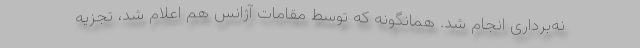
نه‌برداری انجام شد. همانگونه که توسط مقامات آژانس هم اعلام شد، تجزیه